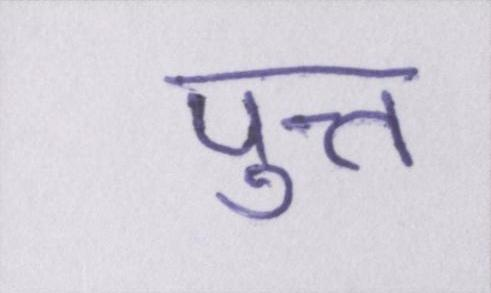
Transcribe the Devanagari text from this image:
पुत्त